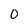
Character: 0